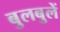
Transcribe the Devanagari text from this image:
बुलबुलें